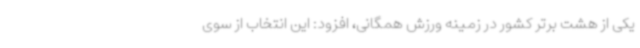
یکی از هشت برتر کشور در زمینه ورزش همگانی، افزود: این انتخاب از سوی